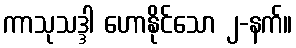
ကာသုသဒ္ဒါ ဟောနိုင်သော ၂-နက်။